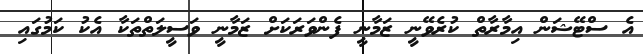
އެ ސްޓޭޝަން އިމާރާތް ކުރެވޭނީ ޒަމާނީ ފެންވަރަކަށް ޒަމާނީ ވަސީލަތްތަކާ އެކު ކަމުގައި